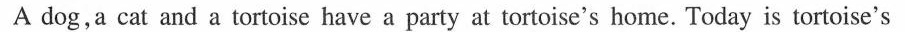
A dog,a cat and a tortoise have a party at tortoise's